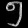
Digit: ၅